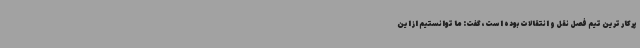
پرکار ترین تیم فصل نقل و انتقالات بوده است، گفت: ما توانستیم از این